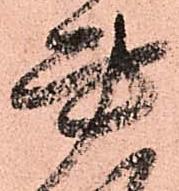
書